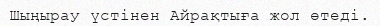
Шыңырау үстінен Айрақтыға жол өтеді.